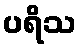
ပရိသ